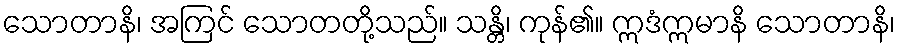
သောတာနိ၊ အကြင် သောတတို့သည်။ သန္တိ၊ ကုန်၏။ ဣဒံဣမာနိ သောတာနိ၊